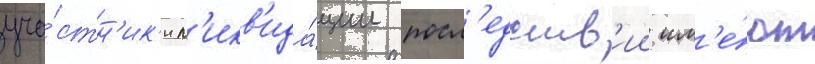
уча́стн'ик'и л'икв'ида́ции посл'едств'ии им'е́ют